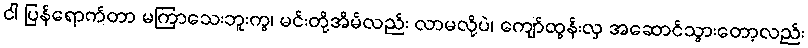
ငါ ပြန်ရောက်တာ မကြာသေးဘူးကွ၊ မင်းတို့အိမ်လည်း လာမလို့ပဲ၊ ကျော်ထွန်းလှ အဆောင်သွားတော့လည်း